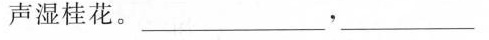
声湿桂花。___，___